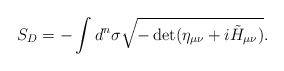
\begin{align*}S_D = - \int d^n \sigma \sqrt{- \det (\eta_{\mu\nu} + i \tilde{H}_{\mu\nu})}.\end{align*}